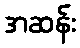
အဆန်း